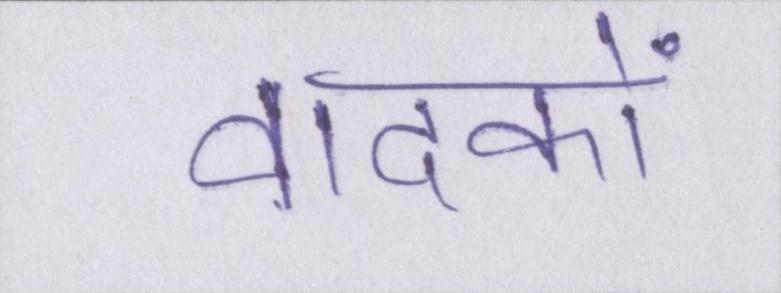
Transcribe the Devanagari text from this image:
वादकों